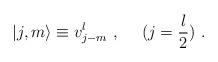
LaTeX: \begin{align*}\vert j,m\rangle\equiv v^l_{j-m}~,~~~~(j=\frac{l}{2})~.\end{align*}